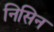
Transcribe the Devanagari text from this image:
निसिन